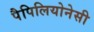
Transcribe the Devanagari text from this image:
पैपिलियोनेसी